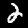
Label: 2